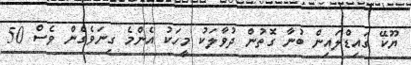
ޔޫކޭ ގައިޑްލައިން ބުނާ ގޮތުން ދުވާލަކު މީހަކު އެންމެ ގިނަވެގެން ވެސް 50